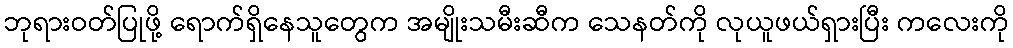
ဘုရားဝတ်ပြုဖို့ ရောက်ရှိနေသူတွေက အမျိုးသမီးဆီက သေနတ်ကို လုယူဖယ်ရှားပြီး ကလေးကို